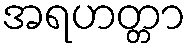
အရဟတ္တာ